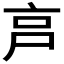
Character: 𡱀